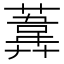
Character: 𦻪